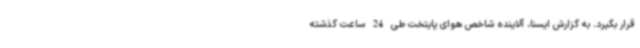
قرار بگیرد. به گزارش ایسنا، آلاینده شاخص هوای پایتخت طی 24 ساعت گذشته